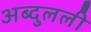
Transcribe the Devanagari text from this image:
अब्दुलली